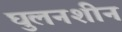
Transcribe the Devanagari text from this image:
घुलनशीन